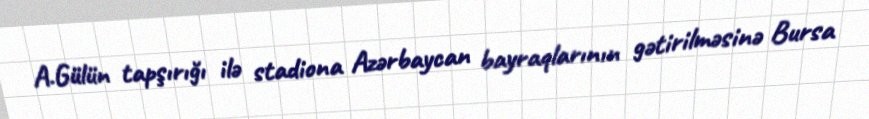
A.Gülün tapşırığı ilə stadiona Azərbaycan bayraqlarının gətirilməsinə Bursa